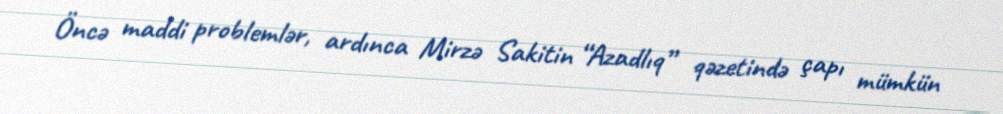
Öncə maddi problemlər, ardınca Mirzə Sakitin “Azadlıq” qəzetində çapı mümkün